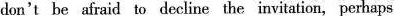
don't be afraid to decline the invitation, perhaps